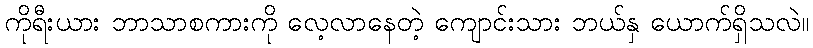
ကိုရီးယား ဘာသာစကားကို လေ့လာနေတဲ့ ကျောင်းသား ဘယ်နှ ယောက်ရှိသလဲ။